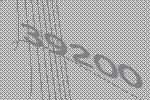
39200